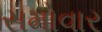
સમોવાર